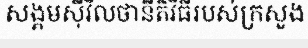
សង្គមស៊ីវិលថានីតិវិធីរបស់ក្រសួង